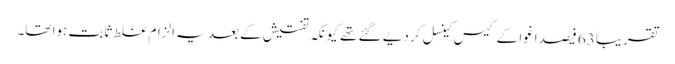
تقریباً 63 فیصد اغوا کے کیس کینسل کر دیے گئے تھے کیونکہ تفتیش کے بعد یہ الزام غلط ثابت ہوا تھا۔